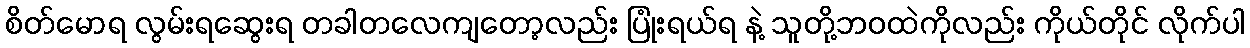
စိတ်မောရ လွမ်းရဆွေးရ တခါတလေကျတော့လည်း ပြုံးရယ်ရ နဲ့ သူတို့ဘဝထဲကိုလည်း ကိုယ်တိုင် လိုက်ပါ